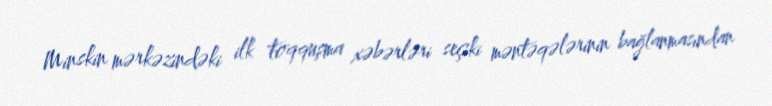
Minskin mərkəzindəki ilk toqquşma xəbərləri seçki məntəqələrinin bağlanmasından